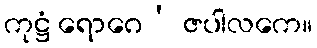
ကုဋ္ဌံ ရောဂေ’ ဇပါလကေ။